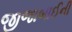
જીજાબાઈની